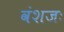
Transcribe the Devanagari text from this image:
वंशजः